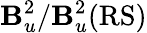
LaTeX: \mathbf{B}_{u}^{2}/\mathbf{B}_{u}^{2}(\mathrm{{RS)}}